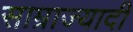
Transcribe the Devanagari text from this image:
साम्राज्यादी